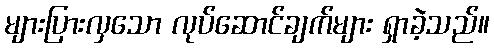
များပြားလှသော လုပ်ဆောင်ချက်များ ရှာခဲ့သည်။